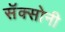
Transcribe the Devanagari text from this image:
सॅक्सोनी